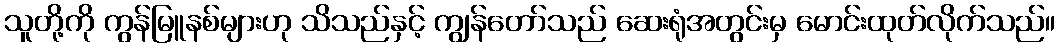
သူတို့ကို ကွန်မြူနစ်များဟု သိသည်နှင့် ကျွန်တော်သည် ဆေးရုံအတွင်းမှ မောင်းထုတ်လိုက်သည်။